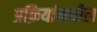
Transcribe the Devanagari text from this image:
प्रक्रियांमधील